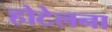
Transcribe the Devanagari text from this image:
होटेलना